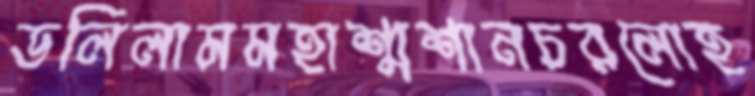
ডলিলামমহাশ্মশানচরলোহ